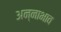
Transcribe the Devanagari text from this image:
अन्नाभाव